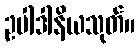
ဥပါဒါနိယသုတ်။